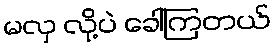
မလှ လို့ပဲ ခေါ်ကြတယ်